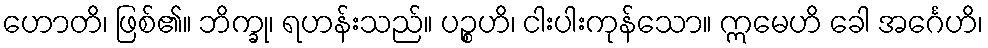
ဟောတိ၊ ဖြစ်၏။ ဘိက္ခု၊ ရဟန်းသည်။ ပဉ္စဟိ၊ ငါးပါးကုန်သော။ ဣမေဟိ ခေါ အင်္ဂေဟိ၊